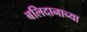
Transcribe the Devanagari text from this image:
बलिदानाच्या